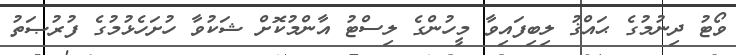
ވޯޓު ދިނުމުގެ ޙައްޤު ލިބިފައިވާ މީހުންގެ ލިސްޓު އާންމުކޮށް ޝަކުވާ ހުށަހެޅުމުގެ ފުރުޞަތު